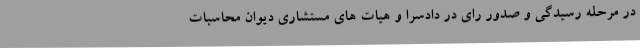
در مرحله رسیدگی و صدور رای در دادسرا و هیات های مستشاری دیوان محاسبات